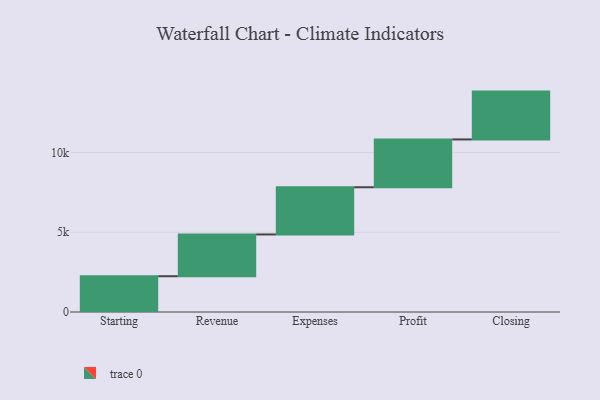
{"axis": {"x": "Step", "y": "Value"}, "legend": [""], "data": [{"x": "Starting", "y": 2244.0, "type": ""}, {"x": "Revenue", "y": 2620.0, "type": ""}, {"x": "Expenses", "y": 2961.0, "type": ""}, {"x": "Profit", "y": 3000, "type": ""}, {"x": "Closing", "y": 3000, "type": ""}]}